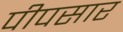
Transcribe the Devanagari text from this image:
पीपसार